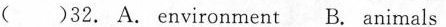
( )32, A. Environment B. Animals